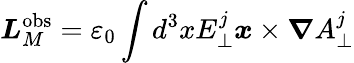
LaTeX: {\boldsymbol{L}}_{M}^{\mathrm{{obs}}}=\varepsilon_{0}\int d^{3}xE_{\perp}^{j}{\boldsymbol{x}}\times{\boldsymbol{\nabla}}A_{\perp}^{j}